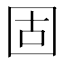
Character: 固